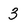
Character: 3